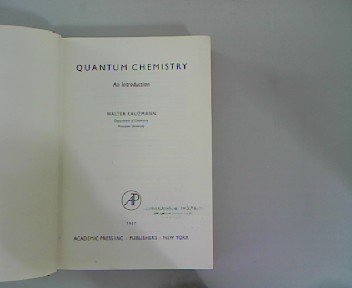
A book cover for Quantum Chemistry: An Introduction; W. Kauzmann; Science & Math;